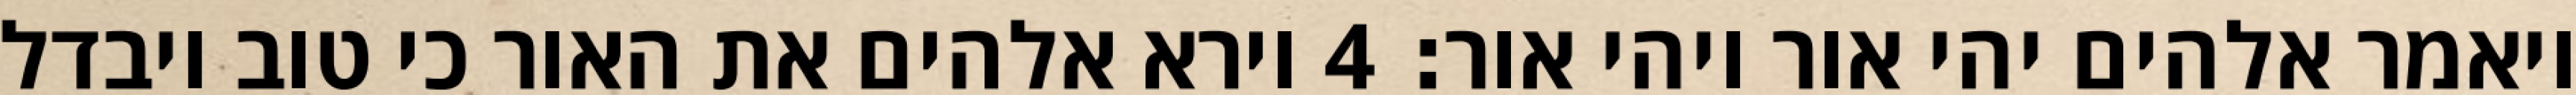
ויאמר אלהים יהי אור ויהי אור׃ ‎4‏ וירא אלהים את האור כי טוב ויבדל